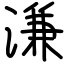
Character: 溓